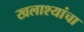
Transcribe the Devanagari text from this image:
खलाश्यांचा